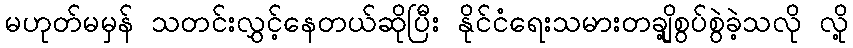
မဟုတ်မမှန် သတင်းလွှင့်နေတယ်ဆိုပြီး နိုင်ငံရေးသမားတချို့စွပ်စွဲခဲ့သလို လို့